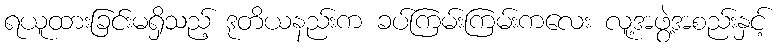
ရယူထားခြင်းမရှိသည့် ဒုတိယနည်းက ခပ်ကြမ်းကြမ်းကလေး လူ့အဖွဲ့အစည်းနှင့်